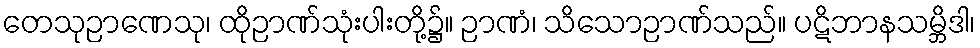
တေသုဉာဏေသု၊ ထိုဉာဏ်သုံးပါးတို့၌။ ဉာဏံ၊ သိသောဉာဏ်သည်။ ပဋိဘာနသမ္ဘိဒါ၊